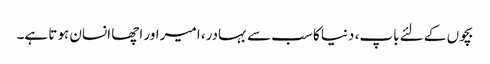
بچوں کے لئے باپ، دنیا کا سب سے بہادر، امیر اور اچھا انسان ہوتا ہے۔